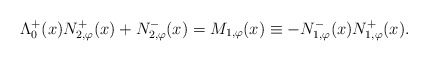
\begin{align*}\Lambda^{+}_{0}(x) N_{2,\varphi}^{+}(x) + N_{2,\varphi}^{-}(x) = M_{1, \varphi}(x) \equiv - N_{1,\varphi}^{-}(x) N_{1,\varphi}^{+}(x).\end{align*}